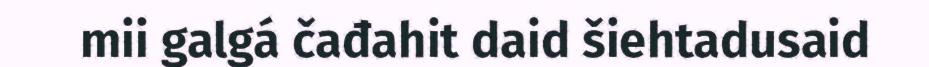
mii galgá čađahit daid šiehtadusaid